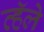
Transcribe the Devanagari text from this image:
व्हॅले